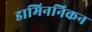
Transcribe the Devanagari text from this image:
डामिननिकन